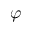
\varphi